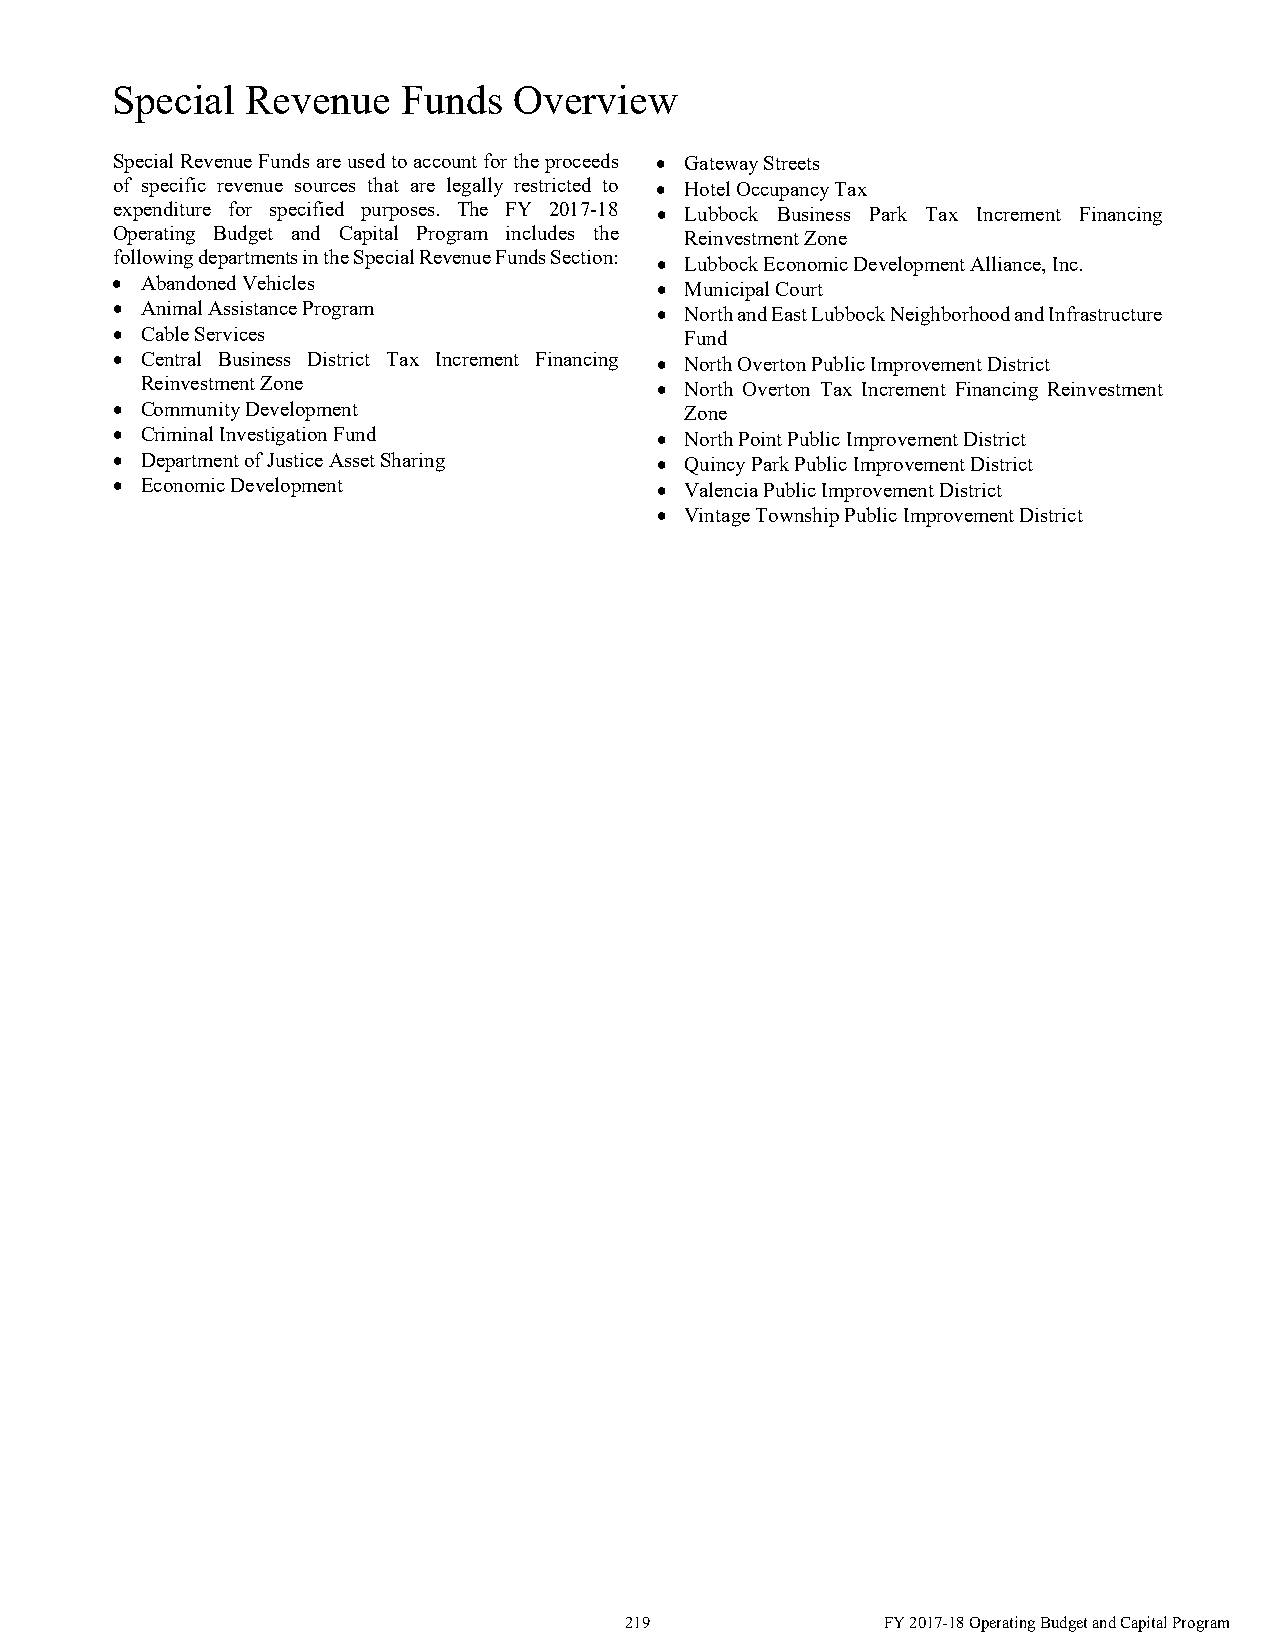
Special  Revenue    Funds  Overview
 Special Revenue Funds are used to account for the proceeds  Gateway Streets
 of specific revenue sources that are legally restricted to  Hotel Occupancy Tax
 expenditure for specified purposes. The FY 2017-18  Lubbock Business Park Tax Increment Financing
 Operating Budget and Capital Program includes the Reinvestment Zone
 following departments in the Special Revenue Funds Section:  Lubbock Economic Development Alliance, Inc.
  Abandoned Vehicles                 Municipal Court
  Animal Assistance Program          North and East Lubbock Neighborhood and Infrastructure
  Cable Services                      Fund
  Central Business District Tax Increment Financing  North Overton Public Improvement District
 Reinvestment Zone                  North Overton Tax Increment Financing Reinvestment
  Community Development               Zone
  Criminal Investigation Fund        North Point Public Improvement District
  Department of Justice Asset Sharing  Quincy Park Public Improvement District
  Economic Development               Valencia Public Improvement District
  Vintage Township Public Improvement District
 219               FY 2017-18 Operating Budget and Capital Program